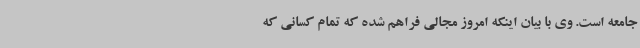
جامعه است. وی با بیان اینکه امروز مجالی فراهم شده که تمام کسانی که